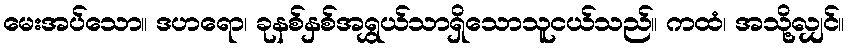
မေးအပ်သော။ ဒဟရော၊ ခုနစ်နှစ်အရွှယ်သာရှိသောသူငယ်သည်။ ကထံ၊ အသို့လျှင်။